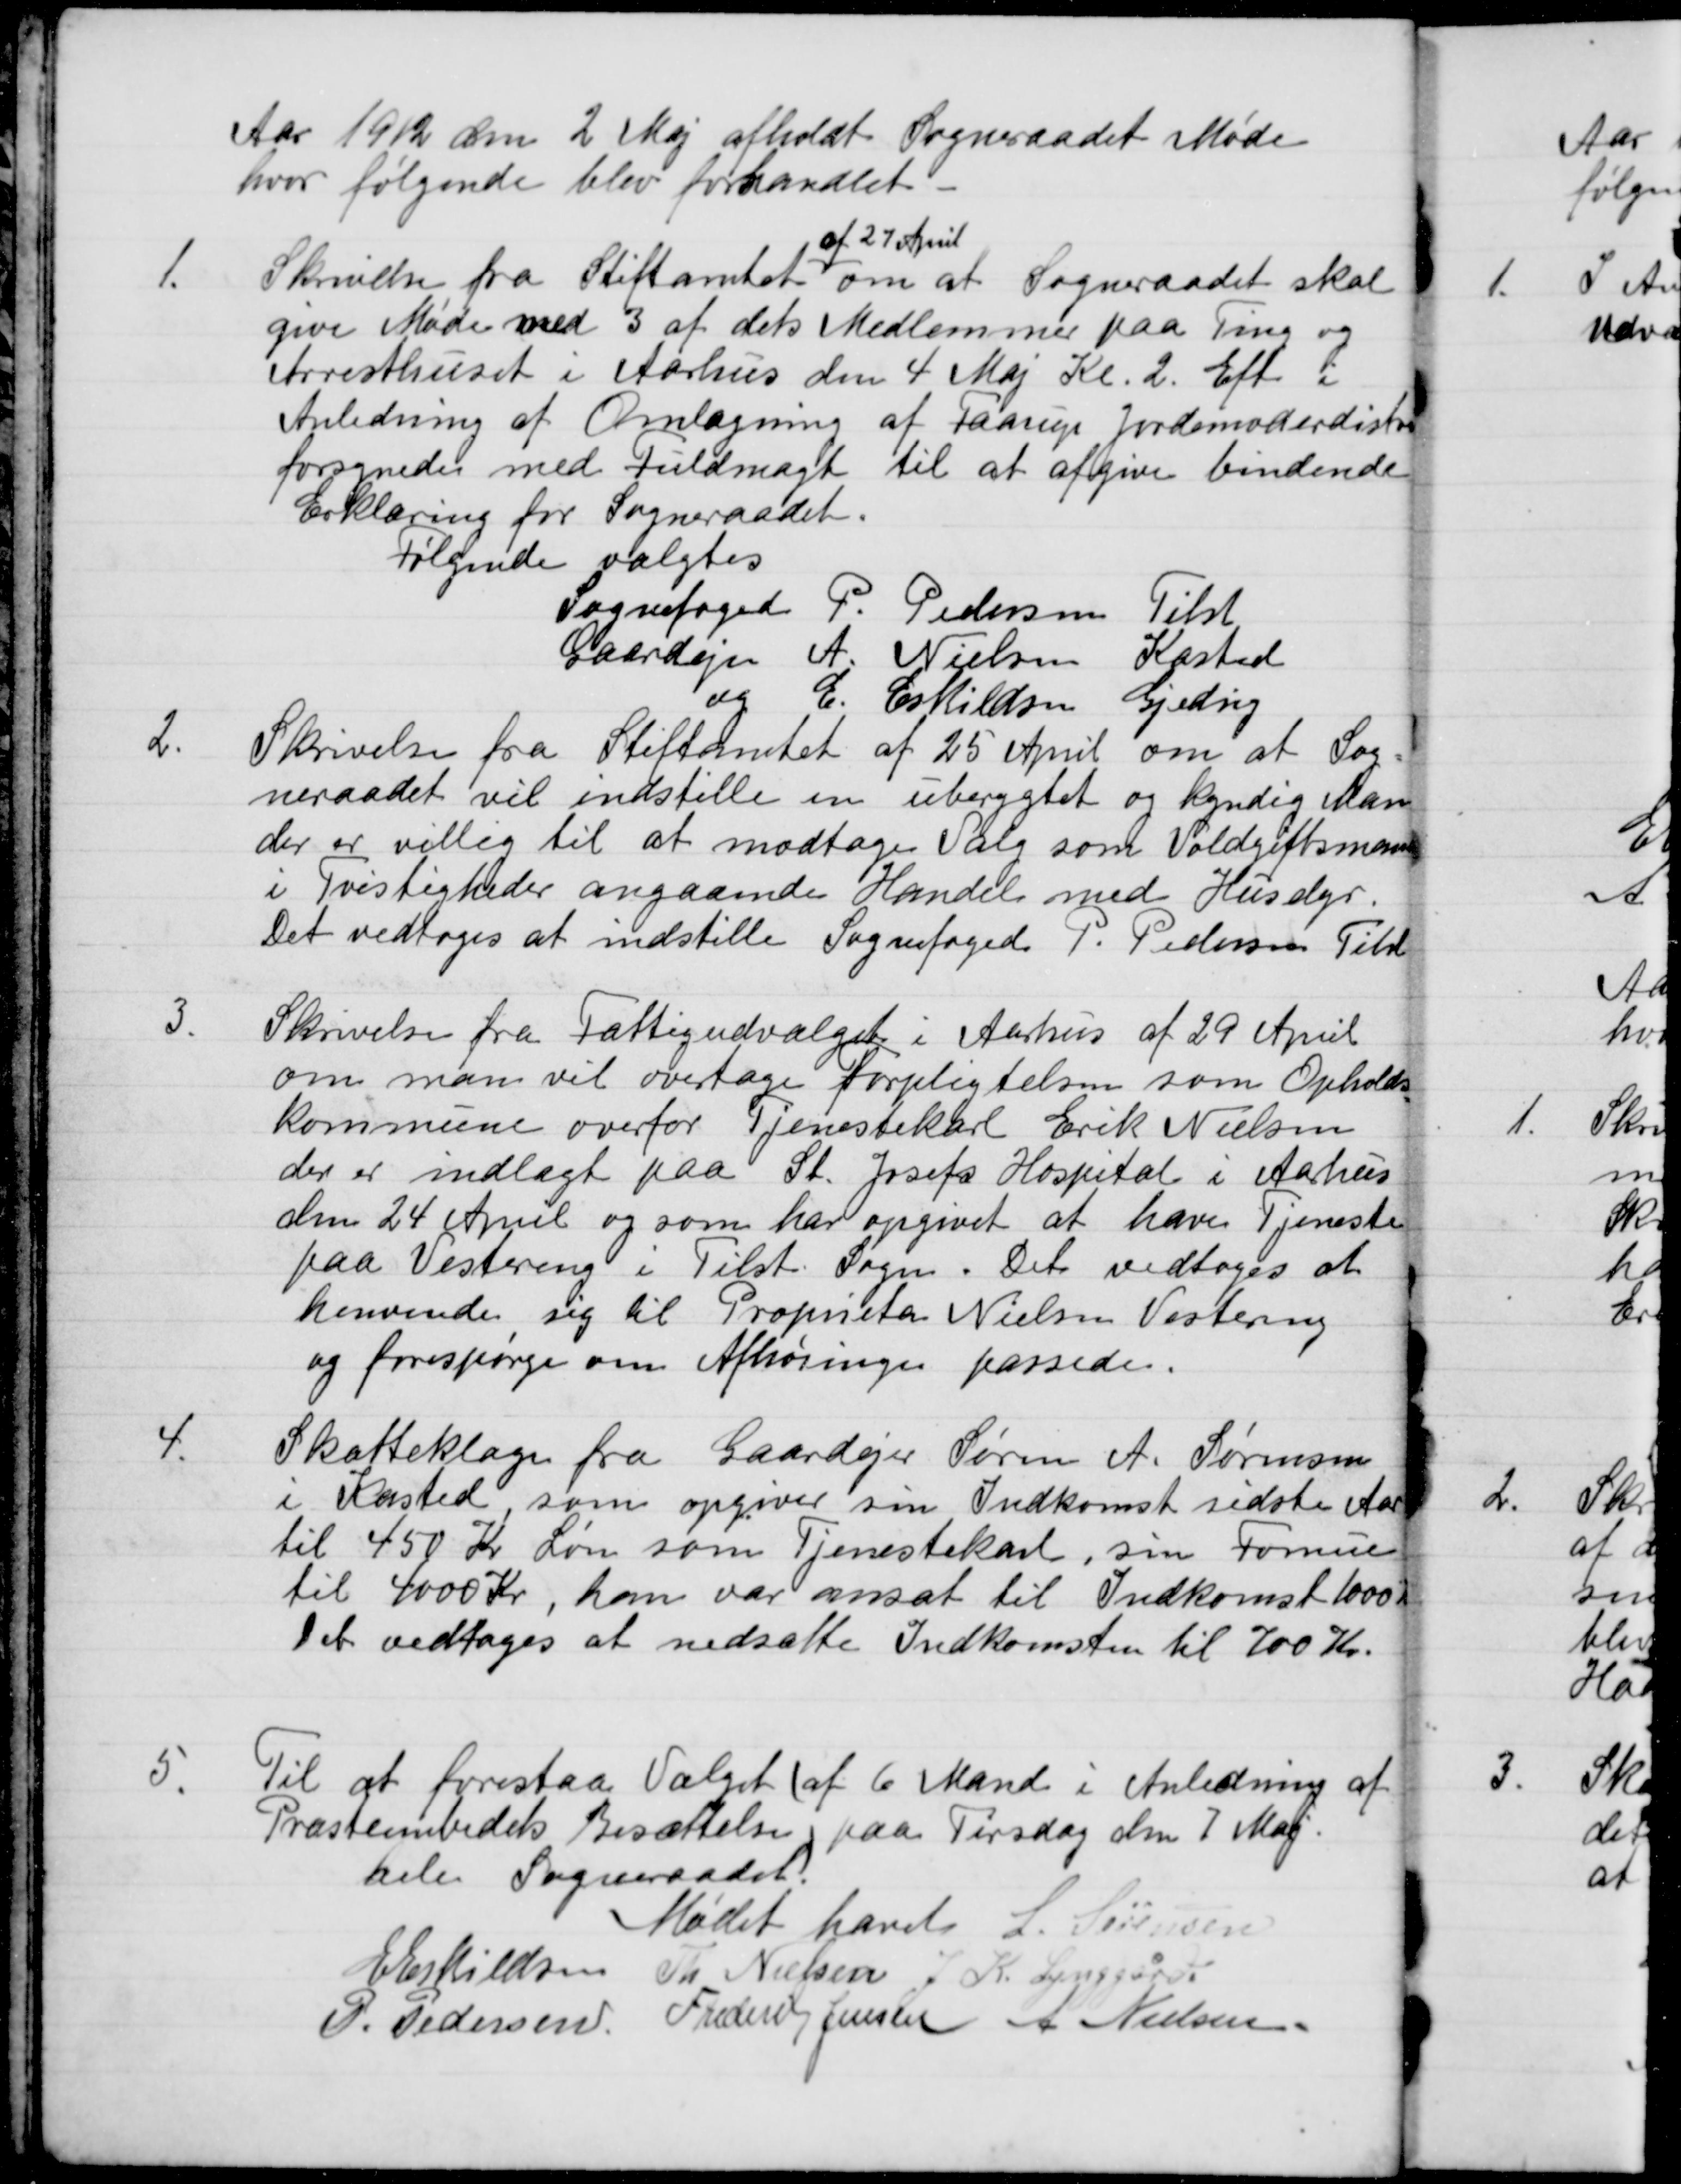
Transskription:
Aar 1912 den 2 Maj afholdt Sogneraadet Møde
hvor følgende blev forhandlet.
1.
Skrivelse fra Stiftamtet
af 27 April
om at Sogneraadet skal 
give Møde med 3 af dets Medlemmer paa Ting og
Arresthuset i Aarhus den 4 Maj Kl. 2. Eft i
Anledning af Omlægning af Faarup Jordemoderdistrikt
forsynede med Fuldmagt til at afgive bindende
Erklæring for Sogneraadet.
Følgende valgtes
Sognefoged P. Pedersen Tilst
Gaardejer A. Nielsen Kasted
og E. Eskildsen Gjeding
2.
Skrivelse fra Stiftamtet af 25 April om at Sog-
neraadet vil indstille en uberygtet og kyndig Man
der er villig til at modtage Valg som Voldgiftsmand
i Tvistigheder angaaende Handel med Husdyr.
Det vedtoges at indstille Sognefoged P. Pedersen Tilst
3.
Skrivelse fra Fattigudvalget i Aarhus af 29 April
om man vil overtage forpligtelsen som Opholds-
kommune overfor Tjenestekarl Erik Nielsen
der er indlagt paa St. Josefs Hospital i Aarhus
den 24 April og som har opgivet at haves Tjeneste
paa Vestereng i Tilst. Sogn. Det vedtoges at
henvende sig til Proprietær Nielsen Vestereng
og forespørge om Afhøringen passede.
4.
Skatteklage fra Gaardejer Søren A. Sørensen
i Kasted som opgiver sin Indkomst sidste Aar
til 450 Kr Løn som Tjenestekarl, sin Formue
til 4000 Kr, han var ansat til Indkomst 1000 Kr
Det vedtoges at nedsætte Indkomsten til 700 Kr.
5.
Til at forestaa Valget af 6 Mand i Anledning af
Præsteembedets Besættelse, paa Tirsdag den 7 Maj.
hele Sogneraadet.
Mødet hævet
L. Sørensen
E Eskildsen
Th Nielsen
J. K. Lynggård
P. Pedersen
Frederik Jensen
A Nielsen